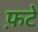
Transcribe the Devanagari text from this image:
फ़टे